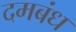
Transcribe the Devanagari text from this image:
दमबंध